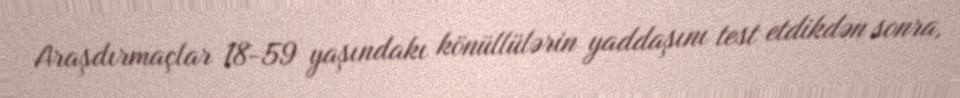
Araşdırmaçlar 18-59 yaşındakı könüllülərin yaddaşını test etdikdən sonra,